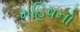
મહિષનો